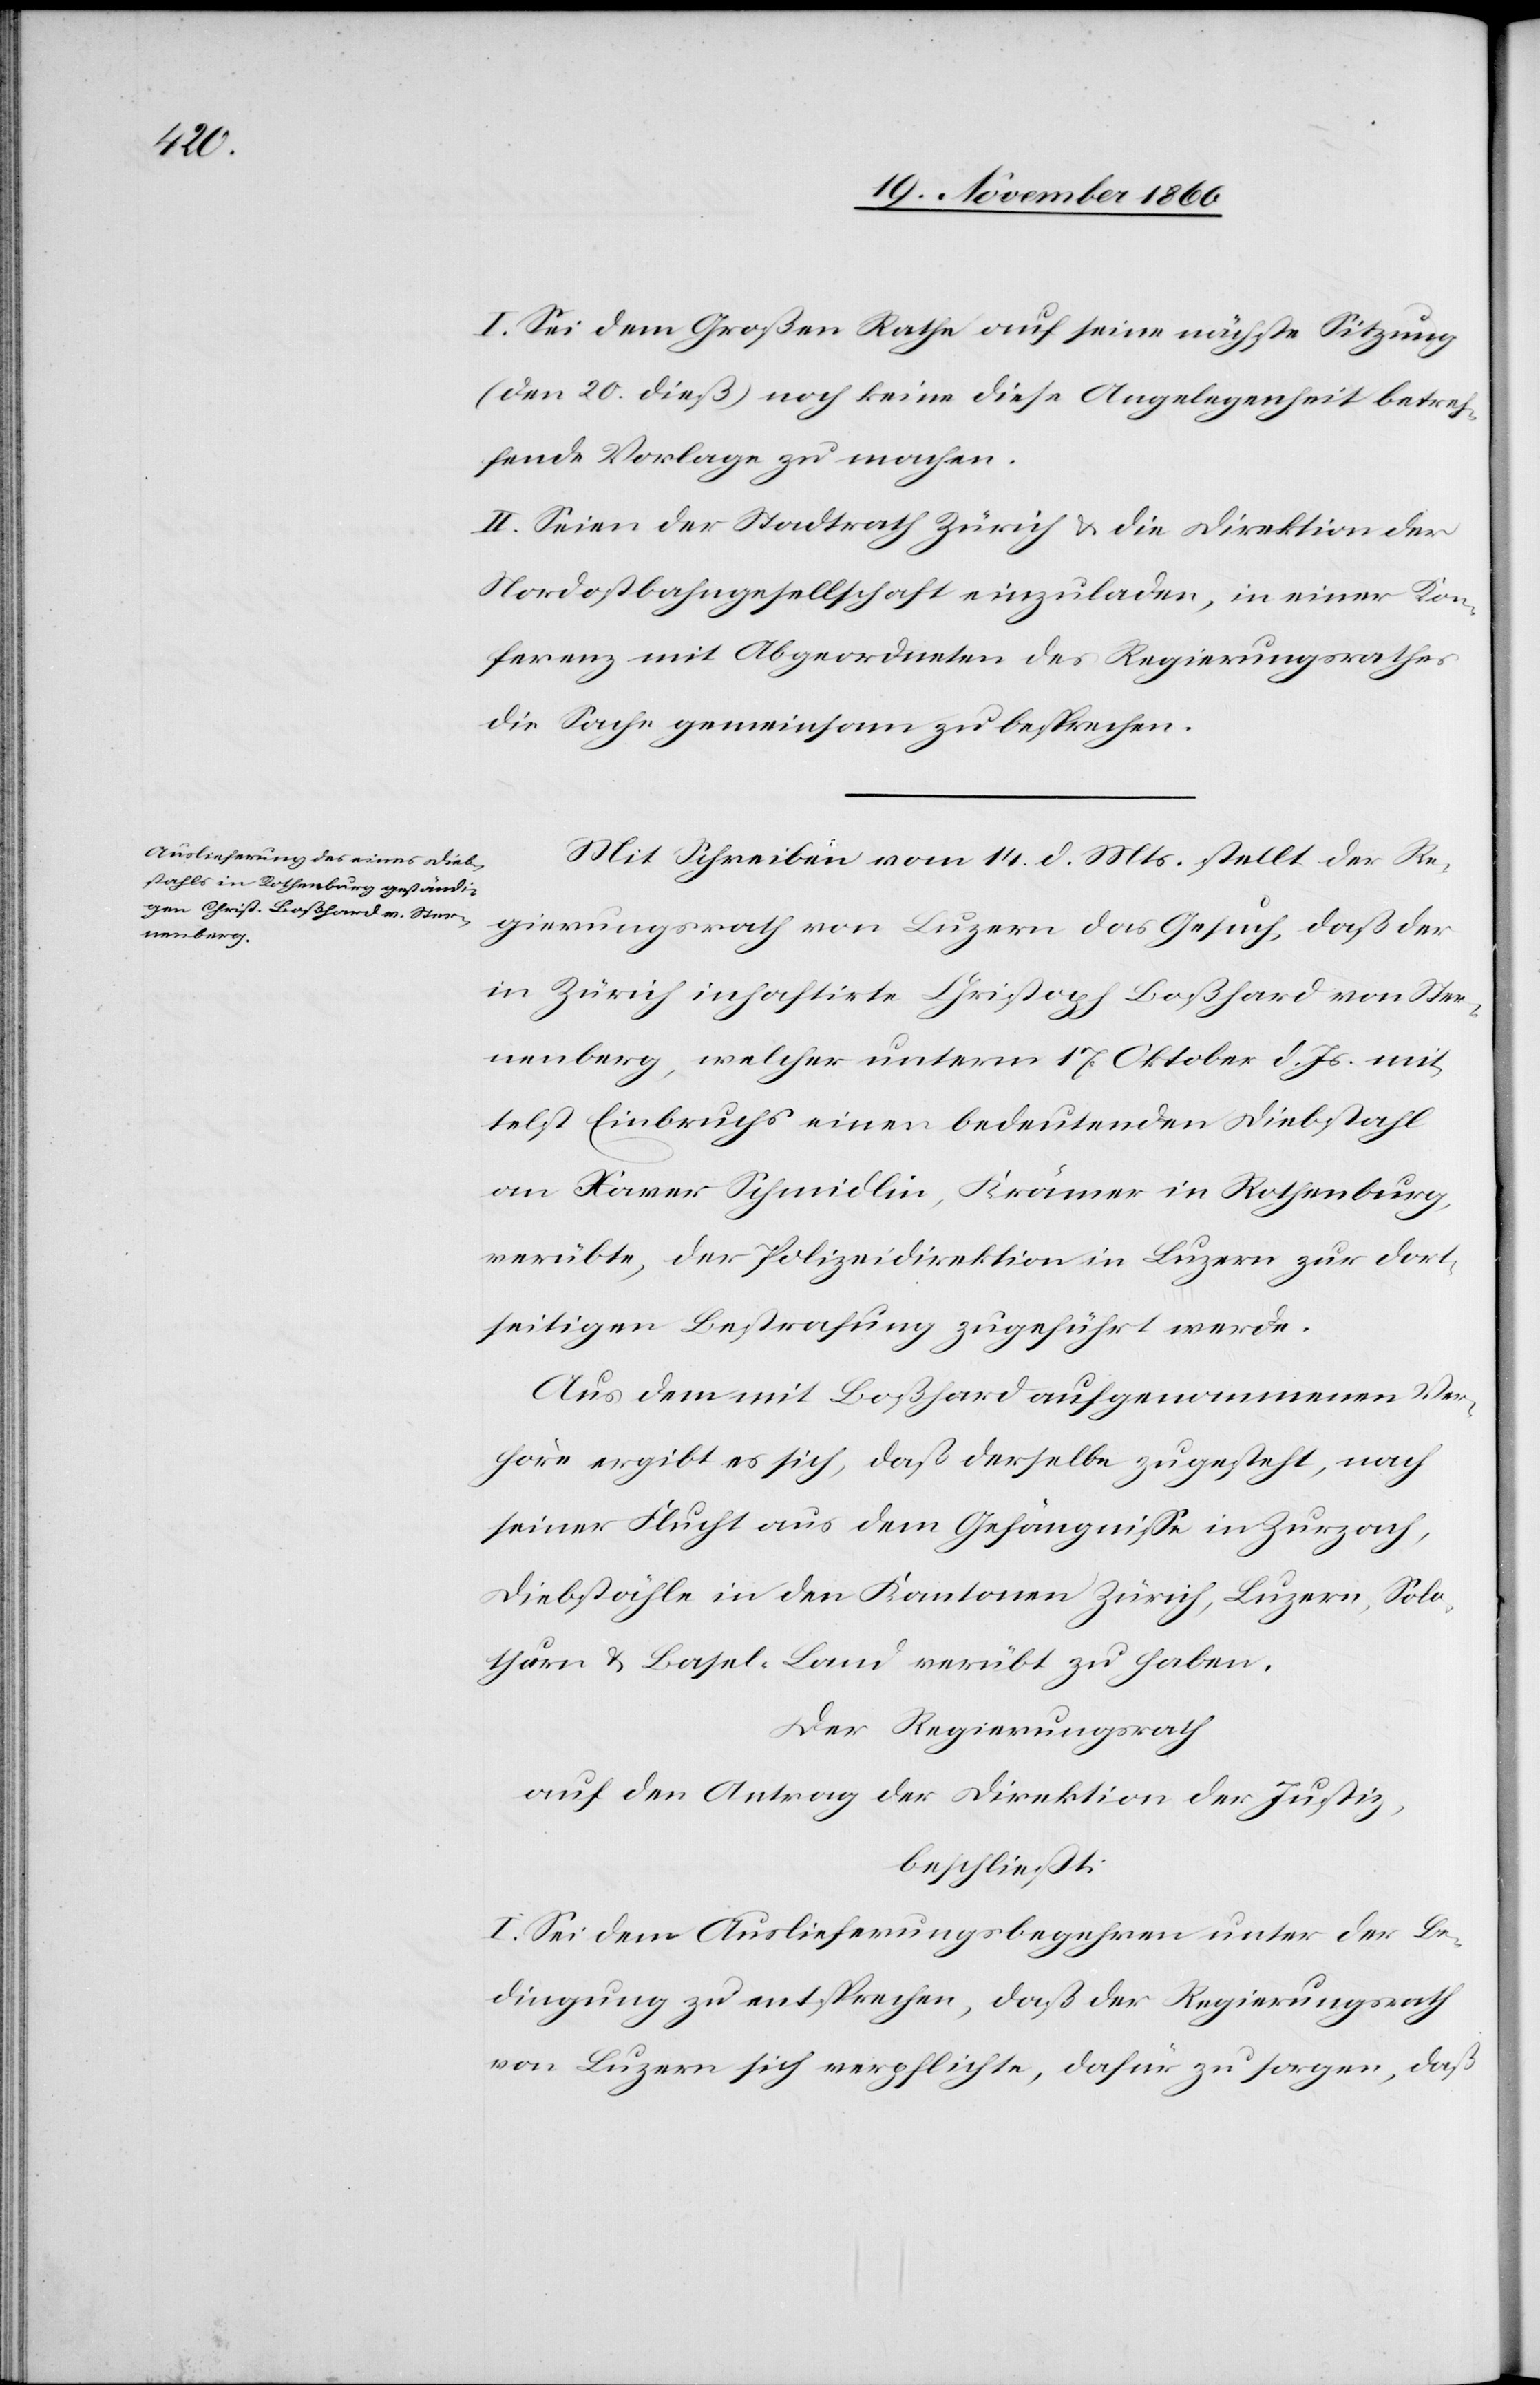
I. Sei dem Großen Rathe auf seine nächste Sitzung
(den 20. dieß) noch keine diese Angelegenheit beetref¬
fende Vorlage zu machen.
II. Seien der Stadtrath Zürich u. die Direktion der
Nordostbahngesellschaft einzuladen, in einer Kon¬
ferenz mit Abgeordneten des Regierungsrathes
die Sache gemeinsam zu besprechen.
Mit Schreiben vom 14. d. Mts. stellt der Re¬
gierungsrath von Luzern das Gesuch, daß der
in Zürich inhaftirte Christoph Boßhard von Ster¬
nenberg, welcher unterm 17. Oktober d. Js. mit¬
telst Einbruchs einen bedeutenden Diebstahl
an Xaver Schmidlin, Krämer in Rothenburg,
verübte, der Polizeidirektion in Luzern zur dort¬
seitigen Bestrafung zugeführt werde.
Aus dem mit Boßhard aufgenommenen Ver¬
höre ergibt es sich, daß derselbe zugesteht, nach
seiner Flucht aus dem Gefängnisse in Zurzach,
Diebstähle in den Kantonen Zürich, Luzern, Solo¬
thurn u. Basel-Land verübt zu haben.
Der Regierungsrath
auf den Antrag der Direktion der Justiz,
beschließt:
I. Sei dem Auslieferungsbegehren unter der Be¬
dingung zu entsprechen, daß der Regierungsrath
von Luzern sich verpflichtet, dafür zu sorgen, daß